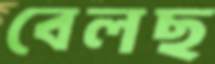
বেলছ